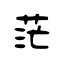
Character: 茫